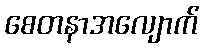
စေတနာအလျောက်